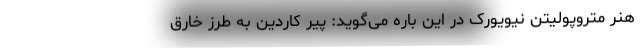
هنر متروپولیتن نیویورک در این باره می‌گوید: پیر کاردین به طرز خارق